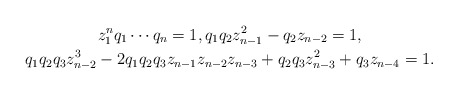
\begin{gather*}z_{1}^n q_1\cdots q_{n}=1, q_1 q_2 z_{n-1}^{2}-q_2 z_{n-2} =1,\\ q_1 q_2 q_3 z_{n-2}^{3}-2 q_1 q_2 q_3 z_{n-1} z_{n-2} z_{n-3}+q_2 q_3 z_{n-3}^2+q_3 z_{n-4}=1. \end{gather*}